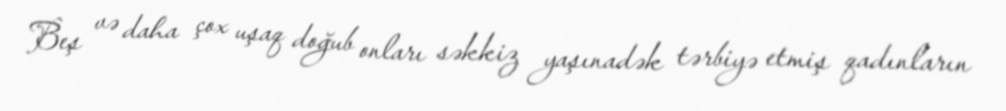
Beş və daha çox uşaq doğub onları səkkiz yaşınadək tərbiyə etmiş qadınların